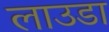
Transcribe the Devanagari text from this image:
लाउडा